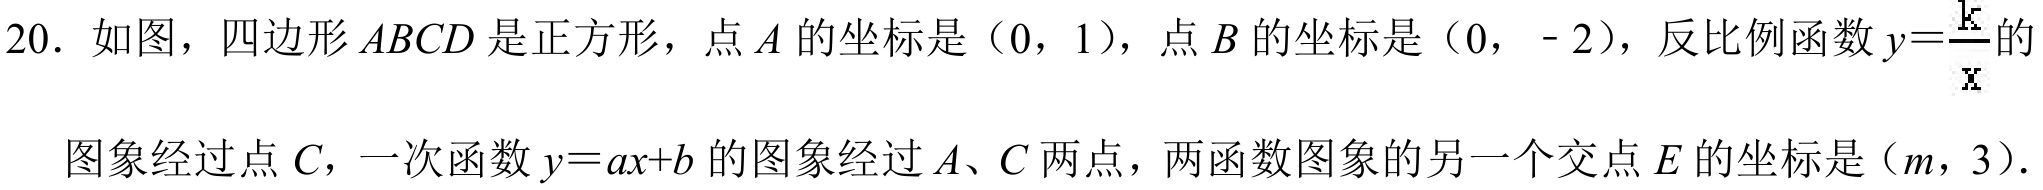
20. 如图，四边形$ABCD$是正方形，点$A$的坐标是$(0,1)$，点$B$的坐标是$(0,-2)$，反比例函数$y = \frac{k}{x}$的
图象经过点$C$，一次函数$y = ax + b$的图象经过$A、C$两点，两函数图象的另一个交点$E$的坐标是$(m,3)$.